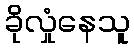
ခိုလှုံနေသူ